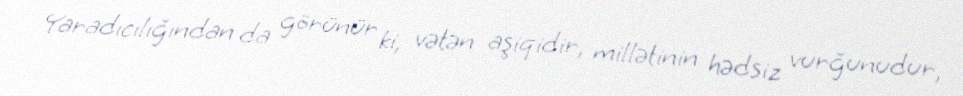
Yaradıcılığından da görünür ki, vətən aşiqidir, millətinin hədsiz vurğunudur,